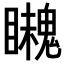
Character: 𩴈